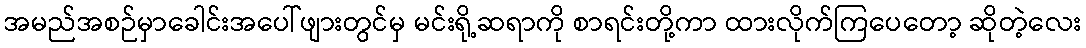
အမည်အစဉ်မှာခေါင်းအပေါ်ဖျားတွင်မှ မင်းရို့ဆရာကို စာရင်းတို့ကာ ထားလိုက်ကြပေတော့ ဆိုတဲ့လေး